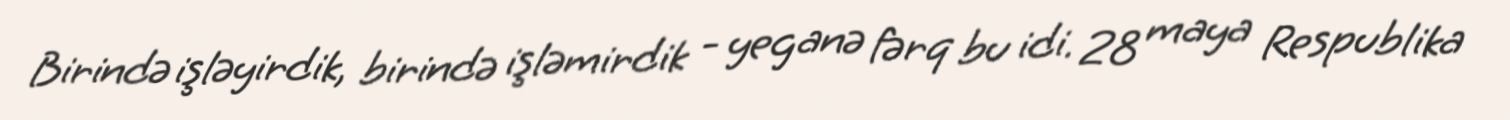
Birində işləyirdik, birində işləmirdik - yeganə fərq bu idi. 28 maya Respublika